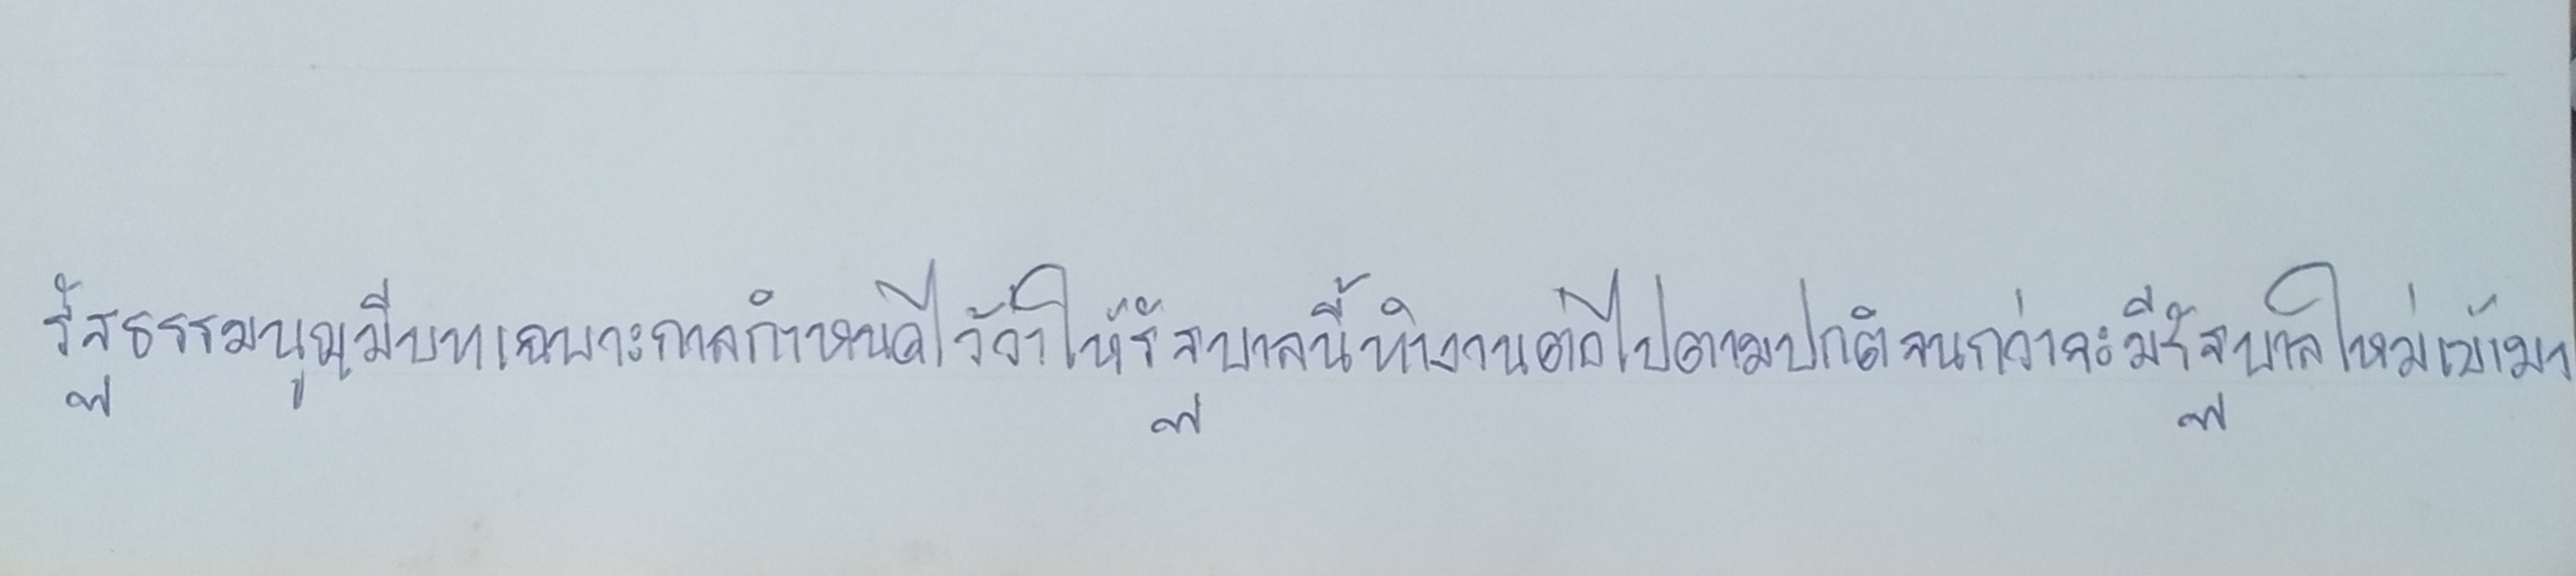
รัฐธรรมนูญมีบทเฉพาะกาลกำหนดไว้ว่าให้รัฐบาลนี้ทำงานต่อไปตามปกติจนกว่าจะมีรัฐบาลใหม่เข้ามา